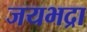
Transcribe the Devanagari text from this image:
जयभद्रा